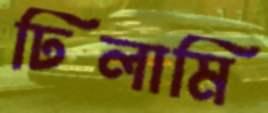
ঢিলামি